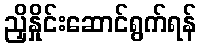
ညှိနှိုင်းဆောင်ရွက်ရန်